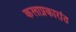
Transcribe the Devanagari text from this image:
कलाप्रकारांत